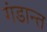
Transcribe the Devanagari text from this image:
गंडान्त